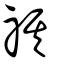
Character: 祺